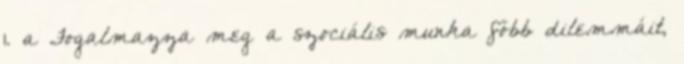
1. a Fogalmazza meg a szociális munka főbb dilemmáit,